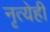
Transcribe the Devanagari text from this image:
नृत्येही